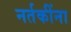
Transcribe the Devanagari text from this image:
नर्तकींना